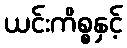
ယင်းကိစ္စနှင့်